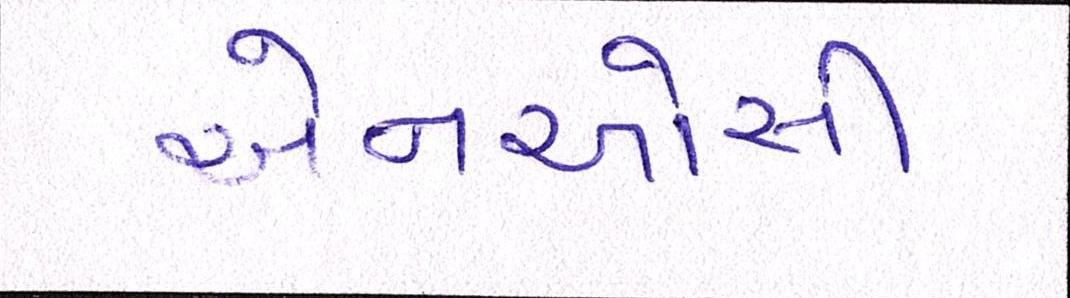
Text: એનઓસી